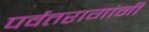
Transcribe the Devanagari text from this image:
पर्वतरागांनी